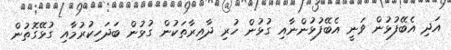
އަދި އެބޭފުޅުން ވަނީ އެބޭފުޅުންނާއި ގުޅުން ހުރި ދާއިރާތަކުން ގުޅުން ބަދަހިކުރުމާއި ގުޅޭގޮތުން